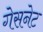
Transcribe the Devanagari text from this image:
गेसनेट